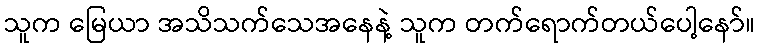
သူက မြေယာ အသိသက်သေအနေနဲ့ သူက တက်ရောက်တယ်ပေါ့နော်။